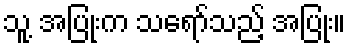
သူ့ အပြုံးက သရော်သည့် အပြုံး။